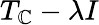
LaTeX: T_{\mathbb{C}}-\lambda I